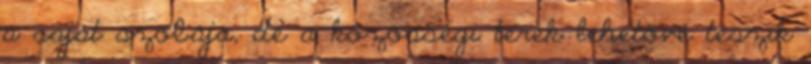
a saját szobája, de a közösségi terek lehetővé teszik